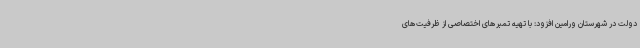
دولت در شهرستان ورامین افزود: با تهیه تمبرهای اختصاصی از ظرفیت‌های